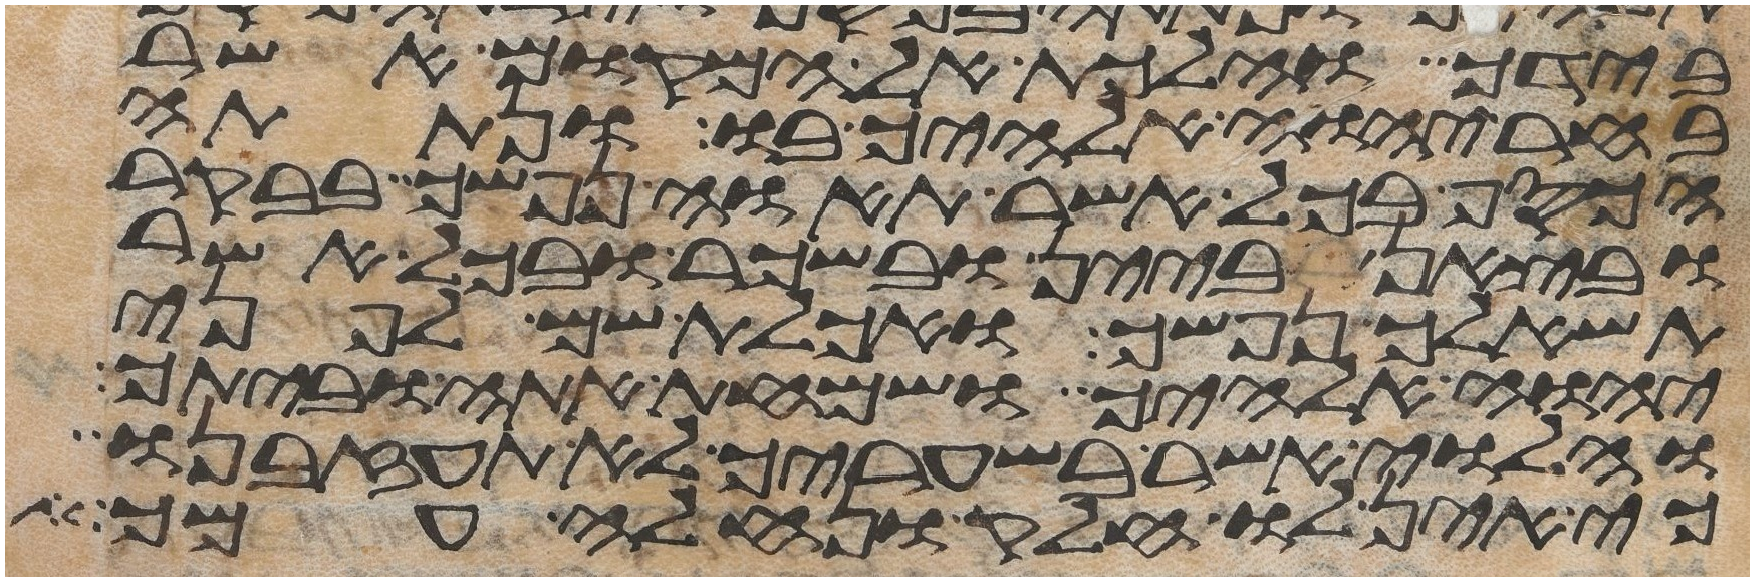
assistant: בידך והלכת אל המקום אשר
בחר יהוה אלהיך בו ונתתה
הכסף בכל אשר תאוה נפשך בבקר
ובצאן ביין ובשכר ובכל אשר
תשאלך נפשך ואכלת שם לפני
יהוה אלהיך ושמחת אתה וביתך
והלוי אשר בשעריך לא תעזבנו
כי אין לו חלק ונחלה עמך